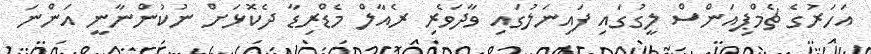
އަހަރުގެ ޗެމްޕިއަންސް ލީގުގައި ފައިނަލުގައި ވާދަވެރި ރެއާލް މެޑްރިޑާ ދެކޮޅަށް ނުކުންނާނީ އަންނަ